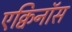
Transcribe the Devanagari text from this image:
एक्विनॉस